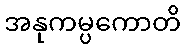
အနုကမ္ပကောတိ